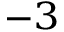
^ { - 3 }